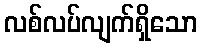
လစ်လပ်လျက်ရှိသော